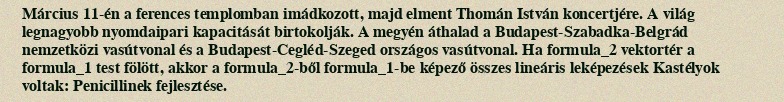
Március 11-én a ferences templomban imádkozott, majd elment Thomán István koncertjére. A világ legnagyobb nyomdaipari kapacitását birtokolják. A megyén áthalad a Budapest-Szabadka-Belgrád nemzetközi vasútvonal és a Budapest-Cegléd-Szeged országos vasútvonal. Ha formula_2 vektortér a formula_1 test fölött, akkor a formula_2-ből formula_1-be képező összes lineáris leképezések Kastélyok voltak: Penicillinek fejlesztése.